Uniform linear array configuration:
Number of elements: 16
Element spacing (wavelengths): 0.75
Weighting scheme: hann
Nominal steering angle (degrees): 0
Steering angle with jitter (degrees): -0.1362
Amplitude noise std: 0.05
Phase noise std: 0.05

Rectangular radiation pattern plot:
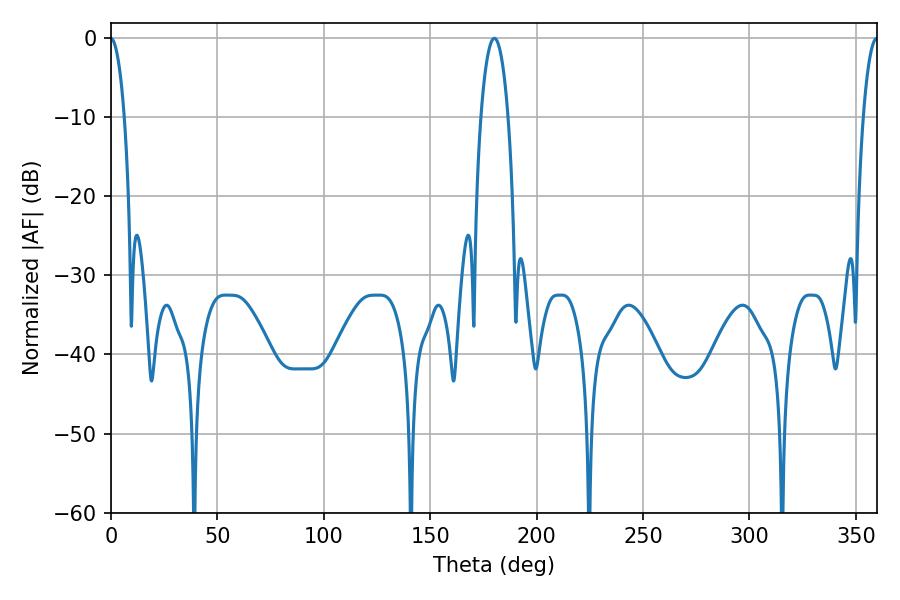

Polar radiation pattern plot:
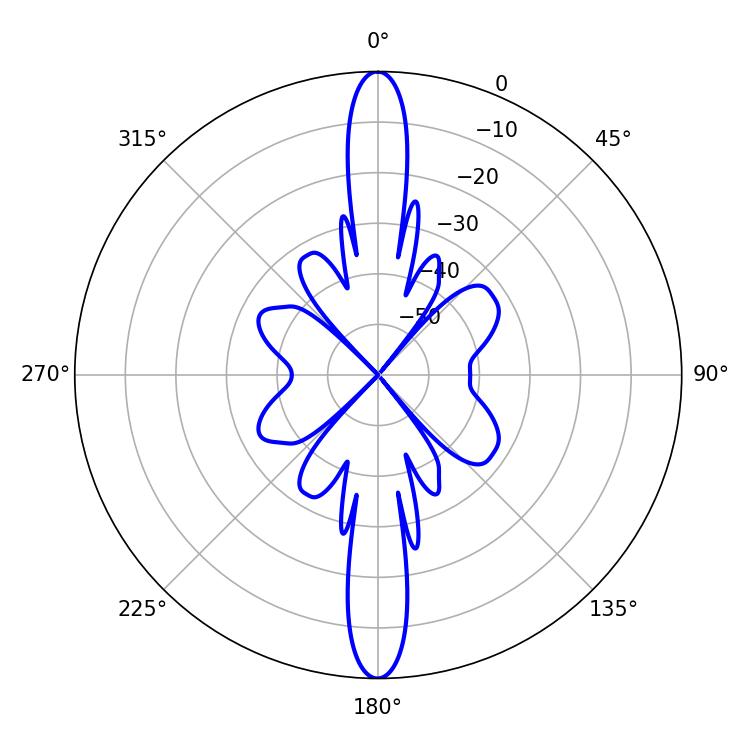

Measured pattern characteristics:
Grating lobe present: TRUE
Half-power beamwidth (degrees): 7.2
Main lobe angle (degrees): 180.18